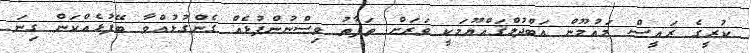
ކުރީގެ ރައީސް މައުމޫން އަބްދުލްޤައްޔޫމަކީ ވަރަށް ތަފާތު ވިސްނުންފުޅެއް ގެންގުޅުއްވާ ބޭފުޅެއްކަން ގިނަ